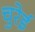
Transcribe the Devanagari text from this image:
चुरेई